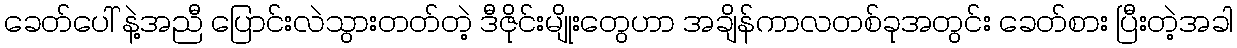
ခေတ်ပေါ် နဲ့အညီ ပြောင်းလဲသွားတတ်တဲ့ ဒီဇိုင်းမျိုးတွေဟာ အချိန်ကာလတစ်ခုအတွင်း ခေတ်စား ပြီးတဲ့အခါ